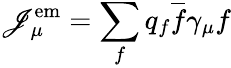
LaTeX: \mathscr{J}_{\mu}^{\mathrm{{em}}}=\sum_{f}q_{f}{\overline{{{f}}}}\gamma_{\mu}f